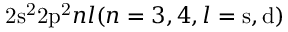
\mathrm { 2 s ^ { 2 } 2 p ^ { 2 } } n l ( n = 3 , 4 , l = \mathrm { s , d ) }